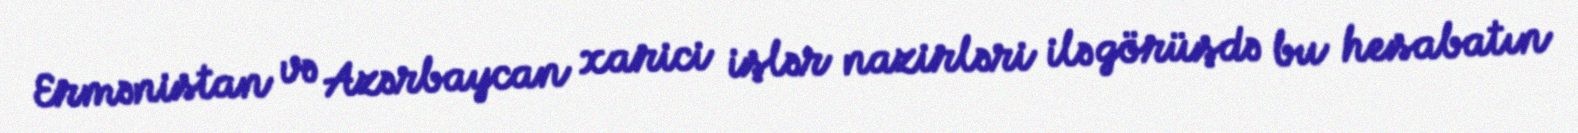
Ermənistan və Azərbaycan xarici işlər nazirləri ilə görüşdə bu hesabatın